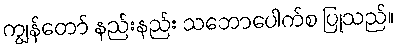
ကျွန်တော် နည်းနည်း သဘောပေါက်စ ပြုသည်။